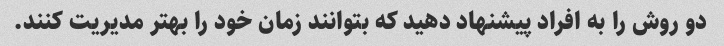
دو روش را به افراد پیشنهاد دهید که بتوانند زمان خود را بهتر مدیریت کنند.